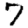
Digit: 7